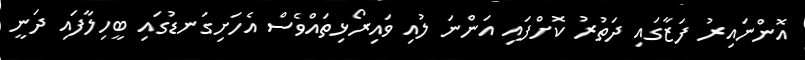
އޮންނައިރު ފަޒާގައި ދަތުރު ކޮށްފައި އަންނަ ލުއި ވައިރޯޅިތައްވެސް އެހަށިގަނޑުގައި ބީހިލާފައި ދަނީ